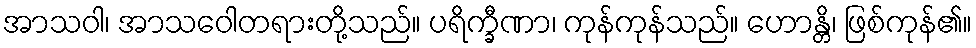
အာသဝါ၊ အာသဝေါတရားတို့သည်။ ပရိက္ခီဏာ၊ ကုန်ကုန်သည်။ ဟောန္တိ၊ ဖြစ်ကုန်၏။